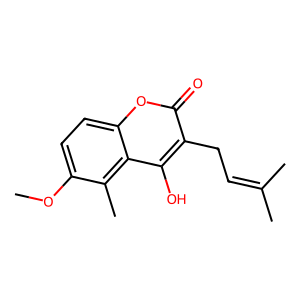
SMILES: COc1ccc2oc(=O)c(CC=C(C)C)c(O)c2c1C
Inhibits HIV replication: No